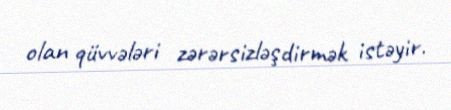
olan qüvvələri zərərsizləşdirmək istəyir.